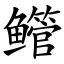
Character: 鳤